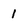
Character: 1